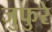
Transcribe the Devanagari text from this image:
जुफुरे